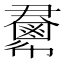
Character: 𢑺